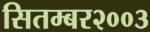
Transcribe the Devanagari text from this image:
सितम्बर२००३